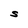
Character: S